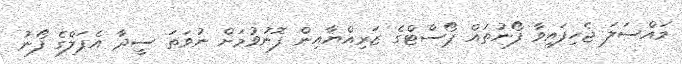
މައްސަލަ ޖެހިފައިވާ ފޯނުތައް ޕޯސްޓްގެ ޒަރިއްޔާއިން ފޮނުވުމަށް ނުވަތަ ސީދާ އެޕަލްގެ ފޯނު